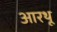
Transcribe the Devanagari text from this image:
आरथू